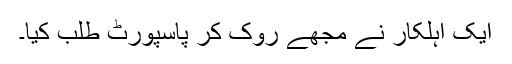
ایک اہلکار نے مجھے روک کر پاسپورٹ طلب کیا۔